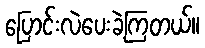
ပြောင်းလဲပေးခဲ့ကြတယ်။